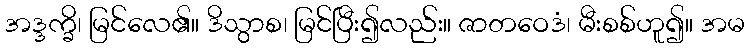
အဒ္ဒက္ခိ၊ မြင်လေ၏။ ဒိသွာစ၊ မြင်ပြီး၍လည်း။ ဇာတဝေဒံ၊ မီးစစ်ဟူ၍။ အမ